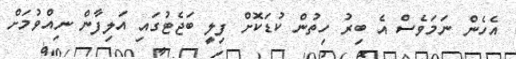
އެހެން ނަމަވެސް އެ ބިރު ހިތުން ކުޑަކޮށް ފިލީ ބަޖެޓުގައި އަލިފާން ނިއްވުމަށް